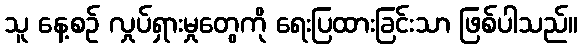
သူ နေ့စဉ် လှုပ်ရှားမှုတွေကို ရေးပြထားခြင်းသာ ဖြစ်ပါသည်။